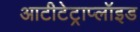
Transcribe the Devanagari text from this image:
आटीटेट्राप्लॉइड